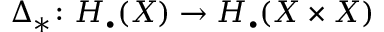
\Delta _ { * } \colon H _ { \bullet } ( X ) \to H _ { \bullet } ( X \times X )